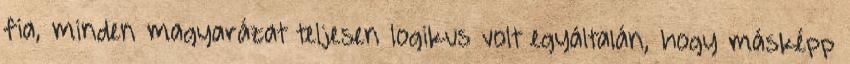
fia, minden magyarázat teljesen logikus volt egyáltalán, hogy másképp